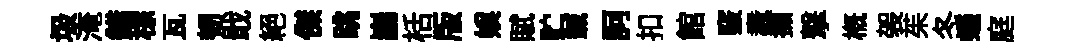
圾淹錯棕瓦韧戢絕傑跳巋栝版娱賦贮鍼訶扣館竅纛擷撃概袈茱冬蟻庭